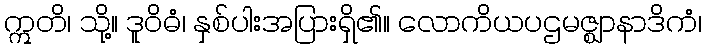
ဣတိ၊ သို့။ ဒူဝိဓံ၊ နှစ်ပါးအပြားရှိ၏။ လောကိယပဌမဇ္ဈာနာဒိကံ၊